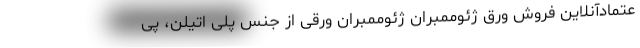
عتمادآنلاین فروش ورق ژئوممبران ژئوممبران ورقی از جنس پلی اتیلن، پی